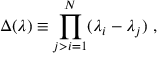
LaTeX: \Delta ( \lambda ) \equiv \prod _ { j > i = 1 } ^ { N } ( \lambda _ { i } - \lambda _ { j } ) \ ,